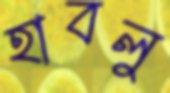
হাবলু